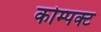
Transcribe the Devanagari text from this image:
कोम्पक्ट